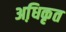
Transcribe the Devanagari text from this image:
अधि़कृत